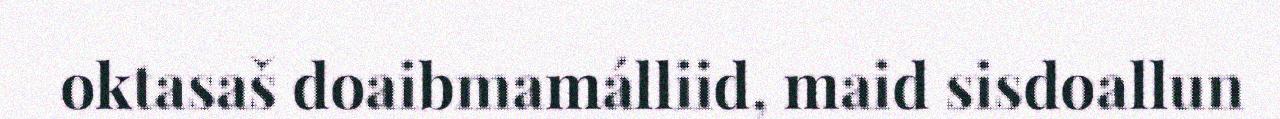
oktasaš doaibmamálliid, maid sisdoallun